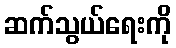
ဆက်သွယ်ရေးကို